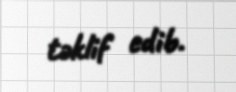
təklif edib.